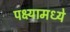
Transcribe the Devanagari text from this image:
पक्ष्यामध्ये